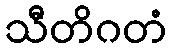
သီတိဂတံ